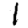
Digit: 1